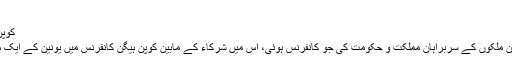
(03.12.2009)
کوپن ہیگن کانفرنس، یورپی یونین کی مشترکہ حکمت عملی
گذشتہ ماہ کے آخر میں برسلز میں یورپی یونین کے رکن ملکوں کے سربراہان مملکت و حکومت کی جو کانفرنس ہوئی، اُس میں شرکاء کے مابین کوپن ہیگن کانفرنس میں یونین کے ایک مشترکہ موقف کی سبھی تفصیلات پر اتفاق رائے ہو گیا۔